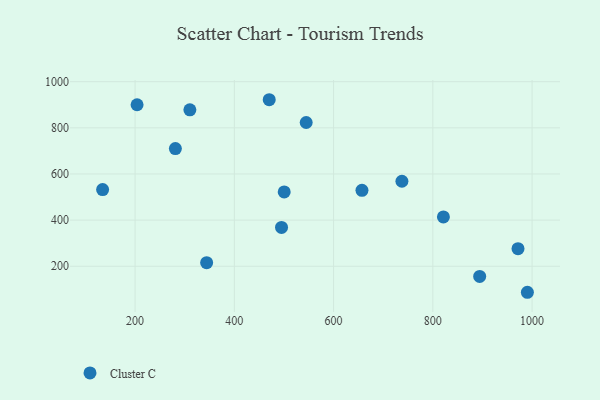
{"axis": {"x": "Study Hours", "y": "Profit"}, "legend": ["Cluster C"], "data": [{"x": "470.3", "y": 921.8, "type": "Cluster C"}, {"x": "344.2", "y": 215.7, "type": "Cluster C"}, {"x": "310.4", "y": 878.1, "type": "Cluster C"}, {"x": "281.2", "y": 709.9, "type": "Cluster C"}, {"x": "821.3", "y": 413.7, "type": "Cluster C"}, {"x": "204.0", "y": 900.1, "type": "Cluster C"}, {"x": "657.2", "y": 529.0, "type": "Cluster C"}, {"x": "971.6", "y": 276.2, "type": "Cluster C"}, {"x": "134.6", "y": 532.2, "type": "Cluster C"}, {"x": "894.4", "y": 156.0, "type": "Cluster C"}, {"x": "990.5", "y": 87.2, "type": "Cluster C"}, {"x": "737.7", "y": 568.5, "type": "Cluster C"}, {"x": "495.1", "y": 368.1, "type": "Cluster C"}, {"x": "500.5", "y": 522.0, "type": "Cluster C"}, {"x": "544.8", "y": 823.0, "type": "Cluster C"}]}